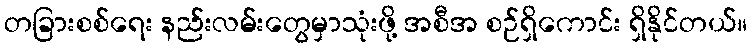
တခြားစစ်ရေး နည်းလမ်းတွေမှာသုံးဖို့ အစီအ စဉ်ရှိကောင်း ရှိနိုင်တယ်။